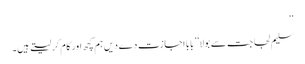
‘‘
سلیم لجاجت سے بولا ’’بابا اجازت دے دیں ہم کچھ اور کام کر لیتے ہیں۔